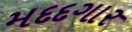
મદદગાર